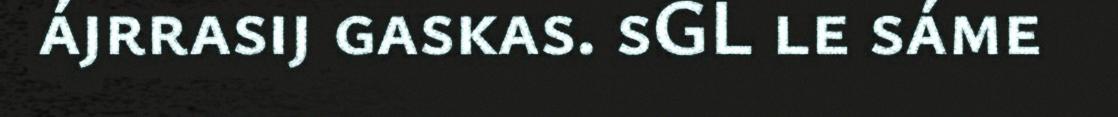
ájrrasij gaskas. sGL le sáme